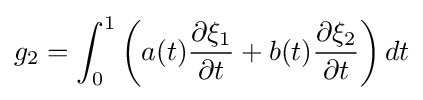
g_{2}=\int _{0}^{1}\left(a(t){\frac {\partial \xi _{1}}{\partial t}}+b(t){\frac {\partial \xi _{2}}{\partial t}}\right)dt